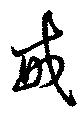
戒